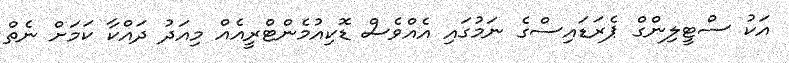
އަކު ސްޓީލިންގް ޕެރަޑައިސްގެ ނަމުގައި އެއްވެސް ޑޮކިއުމެންޓްރީއެއް މިއަދު ދައްކާ ކަމަށް ނެތް